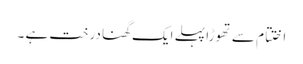
اختتام سے تھوڑا پہلے ایک گھنا درخت ہے ۔